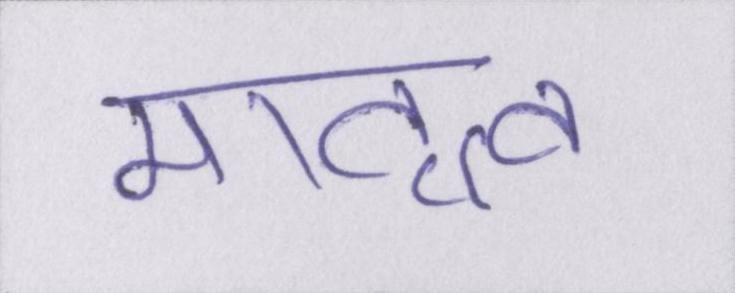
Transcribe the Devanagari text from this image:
मातृत्व